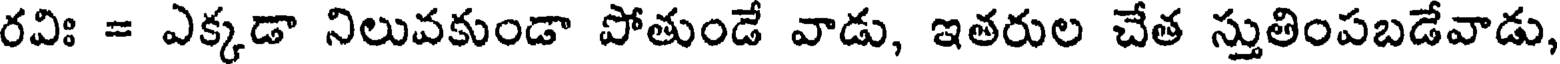
రవిః = ఎక్కడా నిలువకుండా పోతుండే వాడు, ఇతరుల చేత స్తుతింపబడేవాడు,